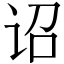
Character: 诏